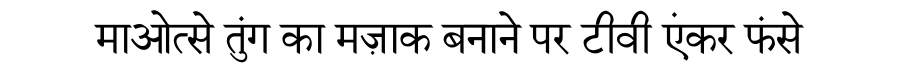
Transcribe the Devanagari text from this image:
माओत्से तुंग का मज़ाक बनाने पर टीवी एंकर फंसे